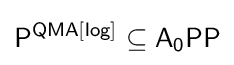
{\mathsf {P^{QMA[log]}}}\subseteq {\mathsf {A_{0}PP}}